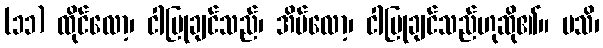
(၁၁) ထိုင်လော့၊ ငါပြုချင်သည်၊ အိပ်လော့၊ ငါပြုချင်သည်ဟုဆို၏။ မသိ၊